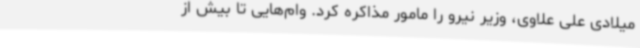
میلادی علی علاوی، وزیر نیرو را مامور مذاکره کرد. وام‌هایی تا بیش از